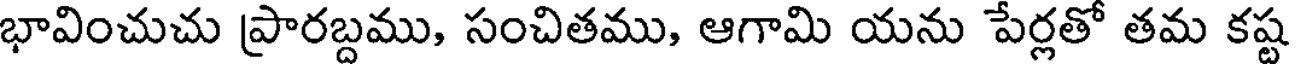
భావించుచు ప్రారబ్దము, సంచితము, ఆగామి యను పేర్లతో తమ కష్ట